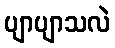
ပျာပျာသလဲ